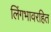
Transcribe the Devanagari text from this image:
लिंगभावरहित